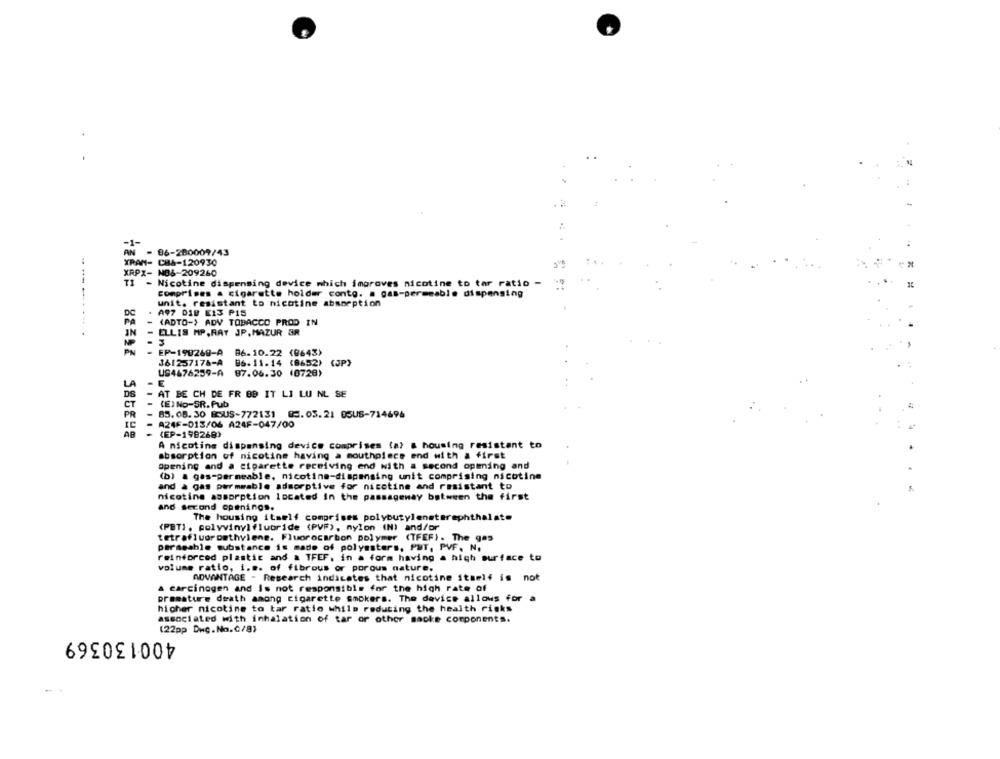
AN
AN - 86-280009/43
XRAN- CBA-120930
XRPX- NO&-209260
TI - Nicotine dispensing device which improves nicotine to tar ratio -
----
comprises a cigarette holder conto. a gas-permeable dispensing
unit. resistant to nicotine absorption
DC
A97 DID EIS PIS
PA
(ADTO-> ADV TOBACCO PROD IN
IN
ELLIS MP.RAY JP. MAZUR BR
3
PN
EP-190269-A 86.10.22 (9643)
.....
361257178-A
86.11.14 (8652) (JP)
US4676259-A 87.06.30 (0728)
LA
E
DS
AT BE CH DE FR BB IT LI LU NL SE
CT
(E) No-SR. Pub
PR
85. 08. 30 BSUS-772131 05.05. 21 OSUS-714696
A24F-013/06 A24F-047/00
(EP-1982680
......
A nicotine dispensing device comprises (a) & housing resistant to
absorption of nicotine having a mouthpiece end with & first
Opening and a cigarette receiving end with a second opmning and
(b) a gas-permeable, nicotine-dispensing unit comprising nicotine
and à gas permeable adsorptive for nicotine and resistant to
nicotine assorption located in the passageway between the first
and second openings.
The housing itself comprises polybutyleneterephthalate
(PET), polyvinyl fluoride (PVF), nylon (N) and/or
tetrafluoroathviene. Fluorocarbon polymer (TFEF) . The gas
permeable substance is made of polyesters, PUT, PVF. N.
reinforced plastic and & TFEF, in a form having a high surface to
volume ratio, i.s. of fibrous or porous nature.
ADVANTAGE - Research indicates that nicotine itself is not
& carcinogen and is not responsible for the high rate of
premature death among cigarette smokers. The device allows for a
hicher nicotine to tar ratio while reducing the health risks
associated with inhalation of tar or other sacke components.
(22pp Dwc.No.C/8)
400130369
-